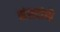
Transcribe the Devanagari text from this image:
संसदांची